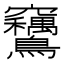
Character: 𫛙